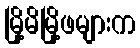
မြို့မိမြို့ဖများက